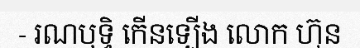
- រណឫទ្ធិ កើនឡើង លោក ហ៊ុន